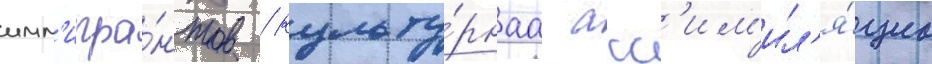
имм'игра́нтов / культу́рнаа асс'им'ил'я́циа